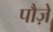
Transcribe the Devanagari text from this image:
पौज़े